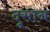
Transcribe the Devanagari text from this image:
दूसान